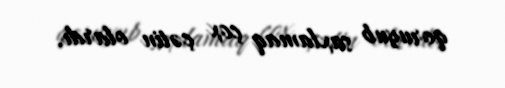
qoruyub saxlamaq çox çətin olardı.